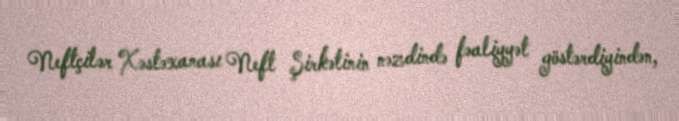
Neftçilər Xəstəxanası Neft Şirkətinin nəzdində fəaliyyət göstərdiyindən,